Vaccination in Burma 1900-1911 - 1900-1911
Year: 1900
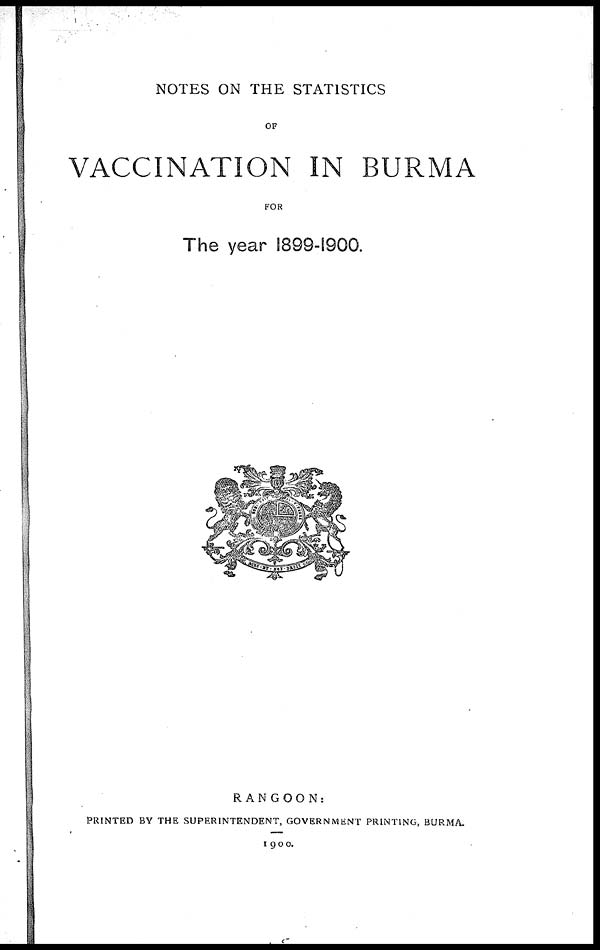
NOTES ON THE STATISTICS
OF
VACCINATION IN BURMA
FOR
The year 1899-1900.
RANGOON:
PRINTED BY THE SUPERINTENDENT, GOVERNMENT PRINTING, BURMA.
1900.